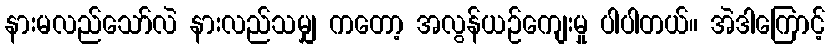
နားမလည်သော်လဲ နားလည်သမျှ ကတော့ အလွန်ယဉ်ကျေးမှု ပါပါတယ်။ အဲဒါကြောင့်